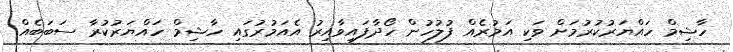
ހާޝިމް ހައްޔަރުކުރުމަށް ވަކި އަމުރެއް ފުލުހުން ހޯދާފައިވާއިރު އެއަމުރުގައި ހާޝިމް ހައްޔަރުކުރާ ސަބަބެއް